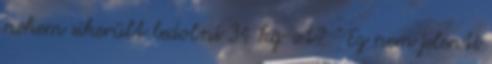
nekem sikerült ledobni 34 kg-ot? " Ez nem jelenti